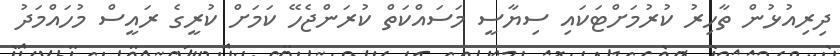
ދިރިއުޅުން ތާހިރު ކުރުމަށްޓަކައި ސިޔާސީ މަސައްކަތް ކުރަންޖެހޭ ކަމަށް ކުރީގެ ރައީސް މުހައްމަދު